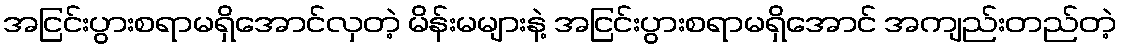
အငြင်းပွားစရာမရှိအောင်လှတဲ့ မိန်းမများနဲ့ အငြင်းပွားစရာမရှိအောင် အကျည်းတည်တဲ့